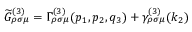
\widetilde { G } _ { \rho \sigma \mu } ^ { ( 3 ) } = \Gamma _ { \rho \sigma \mu } ^ { ( 3 ) } ( p _ { 1 } , p _ { 2 } , q _ { 3 } ) + \gamma _ { \rho \sigma \mu } ^ { ( 3 ) } ( k _ { 2 } )